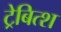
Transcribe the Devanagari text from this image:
ट्रेबित्श